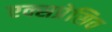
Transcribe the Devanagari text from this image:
एक्सप्रेसिव